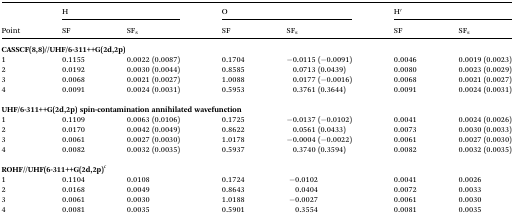
<table><thead><tr><td rowspan="2"><b>Point</b></td><td colspan="2"><b>H</b></td><td colspan="2"><b>O</b></td><td colspan="2"><b>H′</b></td></tr><tr><td><b>SF</b></td><td><b>SF<sub>s</sub></b></td><td><b>SF</b></td><td><b>SF<sub>s</sub></b></td><td><b>SF</b></td><td><b>SF<sub>s</sub></b></td></tr></thead><tbody><tr><td colspan="7"><b>CASSCF(8,8)//UHF/6-311++G(2d,2p)</b></td></tr><tr><td>1</td><td>0.1155</td><td>0.0022 (0.0087)</td><td>0.1704</td><td>–0.0115 (–0.0091)</td><td>0.0046</td><td>0.0019 (0.0023)</td></tr><tr><td>2</td><td>0.0192</td><td>0.0030 (0.0044)</td><td>0.8585</td><td>0.0713 (0.0439)</td><td>0.0080</td><td>0.0023 (0.0029)</td></tr><tr><td>3</td><td>0.0068</td><td>0.0021 (0.0027)</td><td>1.0088</td><td>0.0177 (–0.0016)</td><td>0.0068</td><td>0.0021 (0.0027)</td></tr><tr><td>4</td><td>0.0091</td><td>0.0024 (0.0031)</td><td>0.5953</td><td>0.3761 (0.3644)</td><td>0.0091</td><td>0.0024 (0.0031)</td></tr><tr><td colspan="7"> </td></tr><tr><td colspan="7"><b>UHF/6-311++G(2d,2p) spin-contamination annihilated wavefunction</b></td></tr><tr><td>1</td><td>0.1109</td><td>0.0063 (0.0106)</td><td>0.1725</td><td>–0.0137 (–0.0102)</td><td>0.0041</td><td>0.0024 (0.0026)</td></tr><tr><td>2</td><td>0.0170</td><td>0.0042 (0.0049)</td><td>0.8622</td><td>0.0561 (0.0433)</td><td>0.0073</td><td>0.0030 (0.0033)</td></tr><tr><td>3</td><td>0.0061</td><td>0.0027 (0.0030)</td><td>1.0178</td><td>–0.0004 (–0.0022)</td><td>0.0061</td><td>0.0027 (0.0030)</td></tr><tr><td>4</td><td>0.0082</td><td>0.0032 (0.0035)</td><td>0.5937</td><td>0.3740 (0.3594)</td><td>0.0082</td><td>0.0032 (0.0035)</td></tr><tr><td colspan="7"> </td></tr><tr><td colspan="7"><b>ROHF//UHF(6-311++G(2d,2p)</b><sup><i>c</i></sup></td></tr><tr><td>1</td><td>0.1104</td><td>0.0108</td><td>0.1724</td><td>–0.0102</td><td>0.0041</td><td>0.0026</td></tr><tr><td>2</td><td>0.0168</td><td>0.0049</td><td>0.8643</td><td>0.0404</td><td>0.0072</td><td>0.0033</td></tr><tr><td>3</td><td>0.0061</td><td>0.0030</td><td>1.0188</td><td>–0.0027</td><td>0.0061</td><td>0.0030</td></tr><tr><td>4</td><td>0.0081</td><td>0.0035</td><td>0.5901</td><td>0.3554</td><td>0.0081</td><td>0.0035</td></tr></tbody></table>